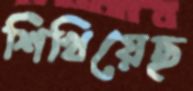
শিখিয়েছ